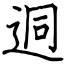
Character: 迵